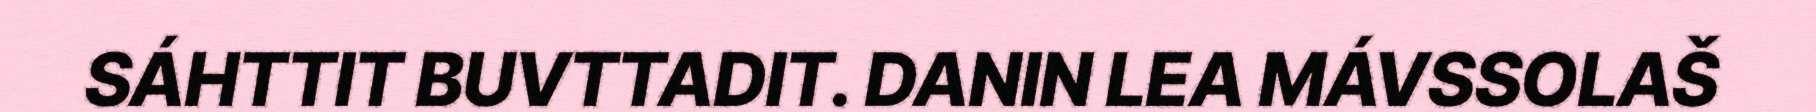
SÁHTTIT BUVTTADIT. DANIN LEA MÁVSSOLAŠ